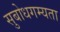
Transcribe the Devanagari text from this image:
सुबोधगम्यता